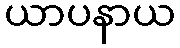
ယာပနာယ